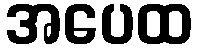
အပေထ